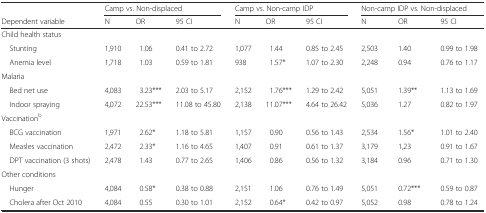
<table><thead><tr><td></td><td colspan="3"><b>Camp vs. Non-displaced</b></td><td colspan="3"><b>Camp vs. Non-camp IDP</b></td><td colspan="3"><b>Non-camp IDP vs. Non-displaced</b></td></tr><tr><td><b>Dependent variable</b></td><td><b>N</b></td><td><b>OR</b></td><td><b>95 CI</b></td><td><b>N</b></td><td><b>OR</b></td><td><b>95 CI</b></td><td><b>N</b></td><td><b>OR</b></td><td><b>95 CI</b></td></tr></thead><tbody><tr><td colspan="10">Child health status</td></tr><tr><td> Stunting</td><td>1,910</td><td>1.06</td><td>0.41 to 2.72</td><td>1,077</td><td>1.44</td><td>0.85 to 2.45</td><td>2,503</td><td>1.40</td><td>0.99 to 1.98</td></tr><tr><td> Anemia level</td><td>1,718</td><td>1.03</td><td>0.59 to 1.81</td><td>938</td><td>1.57*</td><td>1.07 to 2.30</td><td>2,248</td><td>0.94</td><td>0.76 to 1.17</td></tr><tr><td colspan="10">Malaria</td></tr><tr><td> Bed net use</td><td>4,083</td><td>3.23***</td><td>2.03 to 5.17</td><td>2,152</td><td>1.76***</td><td>1.29 to 2.42</td><td>5,051</td><td>1.39**</td><td>1.13 to 1.69</td></tr><tr><td> Indoor spraying</td><td>4,072</td><td>22.53***</td><td>11.08 to 45.80</td><td>2,138</td><td>11.07***</td><td>4.64 to 26.42</td><td>5,036</td><td>1.27</td><td>0.82 to 1.97</td></tr><tr><td colspan="10">Vaccination<sup>b</sup></td></tr><tr><td> BCG vaccination</td><td>1,971</td><td>2.62*</td><td>1.18 to 5.81</td><td>1,157</td><td>0.90</td><td>0.56 to 1.43</td><td>2,534</td><td>1.56*</td><td>1.01 to 2.40</td></tr><tr><td> Measles vaccination</td><td>2,472</td><td>2.33*</td><td>1.16 to 4.65</td><td>1,407</td><td>0.91</td><td>0.61 to 1.37</td><td>3,179</td><td>1,23</td><td>0.91 to 1.67</td></tr><tr><td> DPT vaccination (3 shots)</td><td>2,478</td><td>1.43</td><td>0.77 to 2.65</td><td>1,406</td><td>0.86</td><td>0.56 to 1.32</td><td>3,184</td><td>0.96</td><td>0.71 to 1.30</td></tr><tr><td colspan="10">Other conditions</td></tr><tr><td> Hunger</td><td>4,084</td><td>0.58*</td><td>0.38 to 0.88</td><td>2,151</td><td>1.06</td><td>0.76 to 1.49</td><td>5,051</td><td>0.72***</td><td>0.59 to 0.87</td></tr><tr><td> Cholera after Oct 2010</td><td>4,084</td><td>0.55</td><td>0.30 to 1.01</td><td>2,152</td><td>0.64*</td><td>0.42 to 0.97</td><td>5,052</td><td>0.98</td><td>0.78 to 1.24</td></tr></tbody></table>